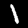
Digit: 1